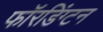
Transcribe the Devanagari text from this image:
फॉरडिंग्टन